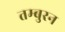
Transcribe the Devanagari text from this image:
तम्बुरन